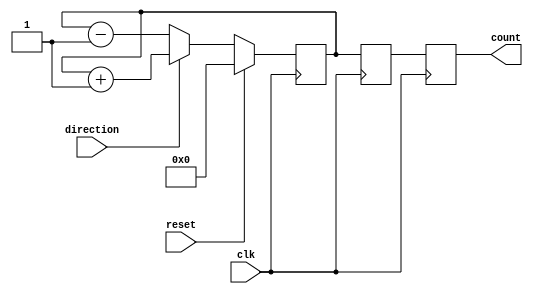
module count4(
  input clk, direction,reset,
  output reg [3:0] count
  );

reg [3:0] countai, countbi;


always@(posedge clk)

  begin 
	if(reset)
   begin
    countai <= 8'h0;
    countbi <= 8'h0;
   end
   else
	if(direction)
     countai <= countai + 1;
    else
     countai <= countai - 1;
    countbi <= countai;
    count <= countbi;
   end
 

endmodule